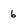
Character: 6